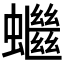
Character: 𧓓